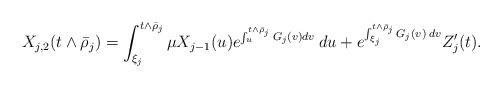
LaTeX: \begin{align*}X_{j,2}(t \wedge {\bar \rho}_j) = \int_{\xi_j}^{t \wedge {\bar \rho}_j} \mu X_{j-1}(u) e^{\int_u^{t \wedge {\bar \rho}_j} G_j(v) dv} \: du + e^{\int_{\xi_j}^{t \wedge {\bar \rho}_j} G_j(v) \: dv} Z_j'(t).\end{align*}